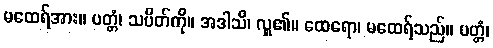
မထေရ်အား။ ပတ္တံ၊ သပိတ်ကို။ အဒါသိ၊ လှူ၏။ ထေရော၊ မထေရ်သည်။ ပတ္တံ၊